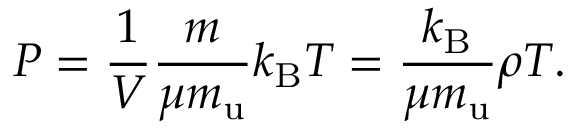
P = { \frac { 1 } { V } } { \frac { m } { \mu m _ { \mathrm { u } } } } k _ { \mathrm { B } } T = { \frac { k _ { \mathrm { B } } } { \mu m _ { \mathrm { u } } } } \rho T .